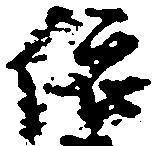
依